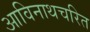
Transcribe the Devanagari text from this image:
आविनाथचरित